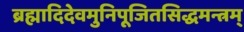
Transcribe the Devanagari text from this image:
ब्रह्मादिदेवमुनिपूजितसिद्धमन्त्रम्